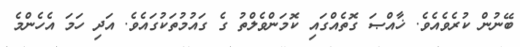
ބޭނުން ކުރެވެއެވެ. ޚާއްޞަ ގޮތެއްގައި ކޮމަންވެލްތު ގެ ގައުމުތަކުގައެވެ. އަދި ހަމަ އެހެންމެ